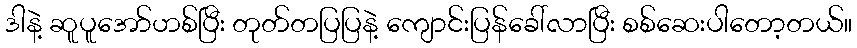
ဒါနဲ့ ဆူပူအော်ဟစ်ပြီး တုတ်တပြပြနဲ့ ကျောင်းပြန်ခေါ်လာပြီး စစ်ဆေးပါတော့တယ်။